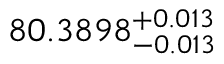
8 0 . 3 8 9 8 _ { - 0 . 0 1 3 } ^ { + 0 . 0 1 3 }